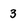
Character: 3